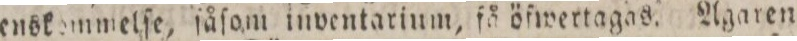
enskommelſe, ſåſom inventarinm, få öfwertagas. Ägaren